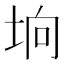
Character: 垧